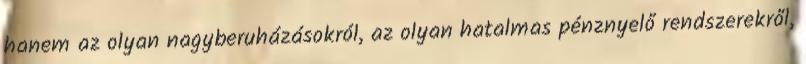
hanem az olyan nagyberuházásokról, az olyan hatalmas pénznyelő rendszerekről,